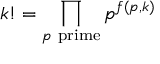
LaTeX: k ! = \prod _ { p { \mathrm { ~ p r i m e } } } p ^ { f ( p , k ) }